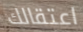
اعتقالك